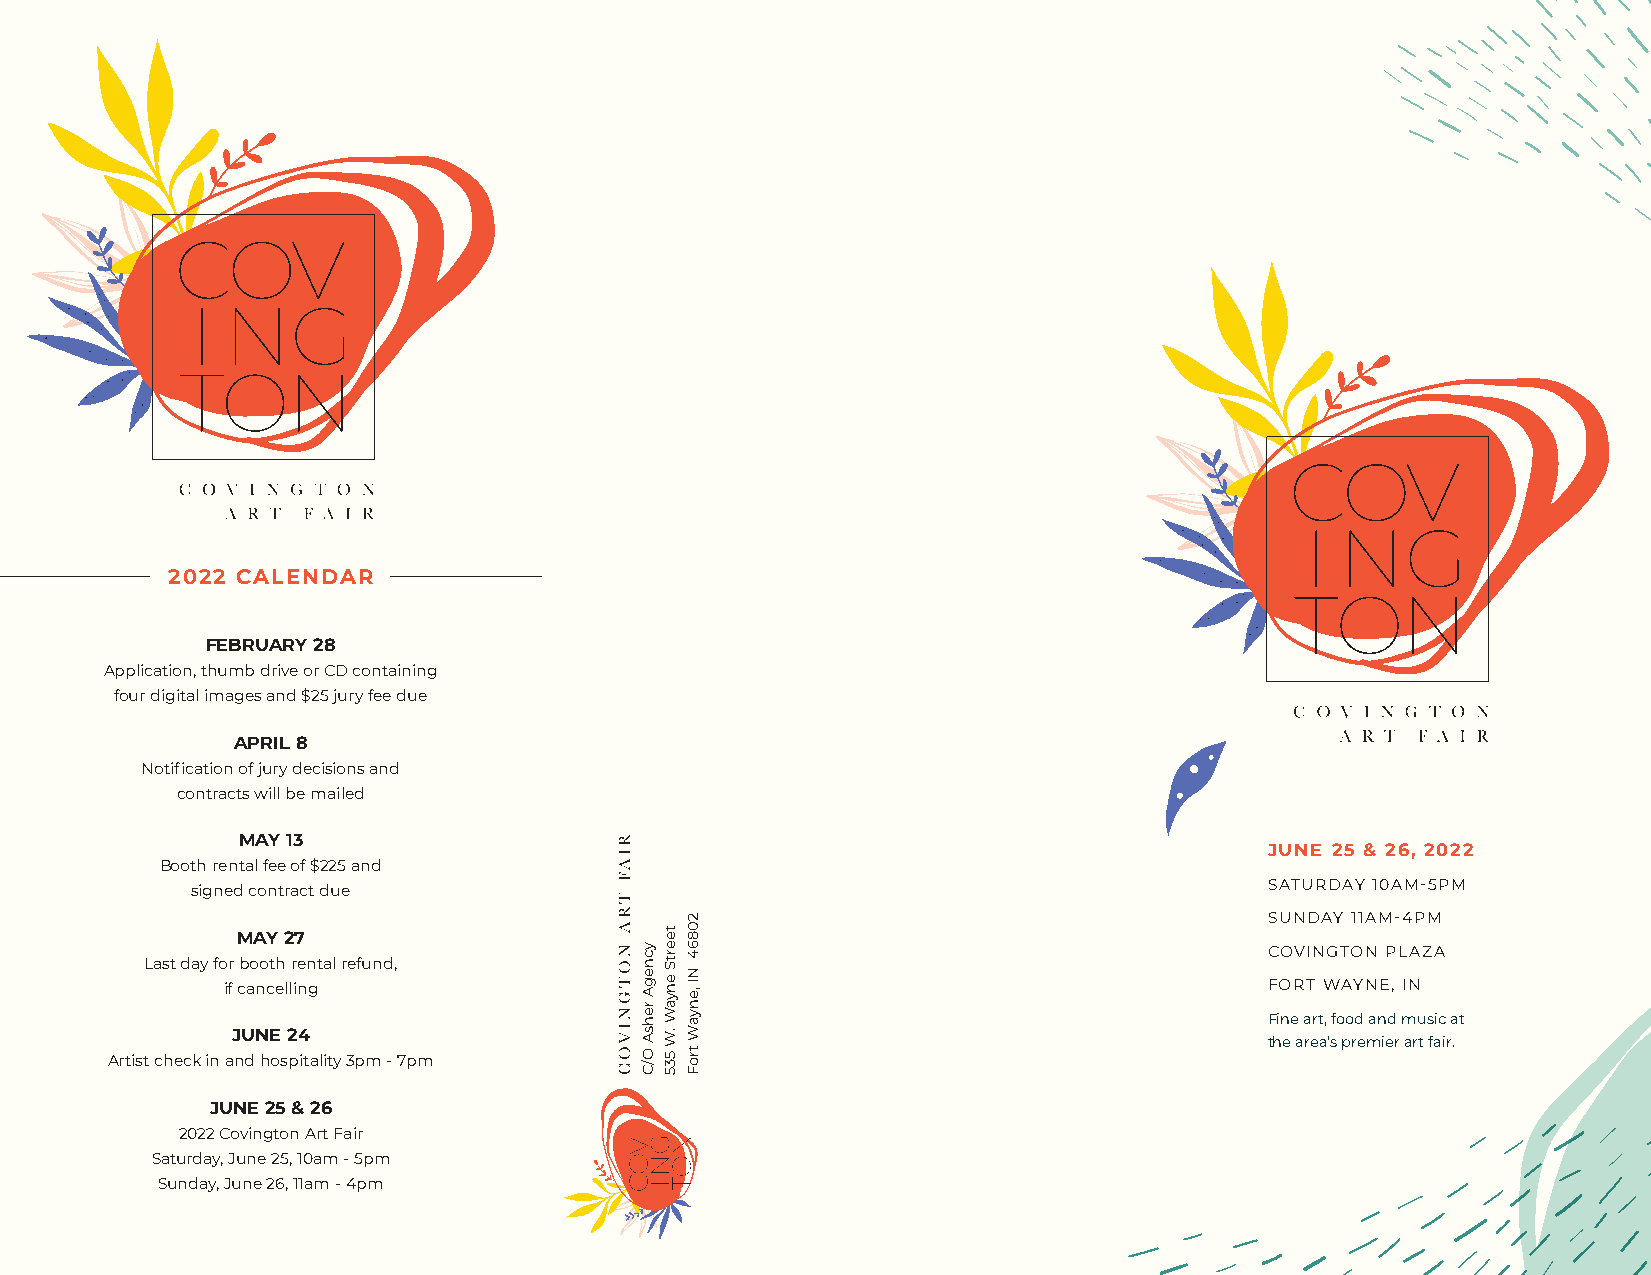
2022 CALENDAR
 FEBRUARY 28
 Application, thumb drive or CD containing
 four digital images and $25 jury fee due
 APRIL 8
 Notification of jury decisions and
 contracts will be mailed
 MAY 13
 JUNE 25 & 26, 2022
 Booth rental fee of $225 and
 SATURDAY 10AM-5PM
 signed contract due
 SUNDAY 11AM-4PM
 MAY 27
 COVINGTON PLAZA
 Last day for booth rental refund,
 if cancelling                                                        FORT WAYNE, IN
 Fine art, food and music at
 JUNE 24
 the area’s premier art fair.
 Artist check in and hospitality 3pm - 7pm
 JUNE 25 & 26
 2022 Covington Art Fair
 Saturday, June 25, 10am - 5pm
 Sunday, June 26, 11am - 4pm
 RIAF
 TRA
 NOTGNIVOC ycnegA
 rehsA
 O/C
 teertS
 enyaW
 .W
 535
 20864
 NI ,enyaW
 troF